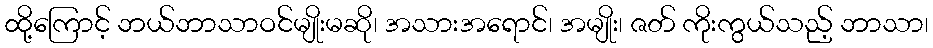
ထို့ကြောင့် ဘယ်ဘာသာဝင်မျိုးမဆို၊ အသားအရောင်၊ အမျိုး၊ ဇတ် ကိုးကွယ်သည့် ဘာသာ၊